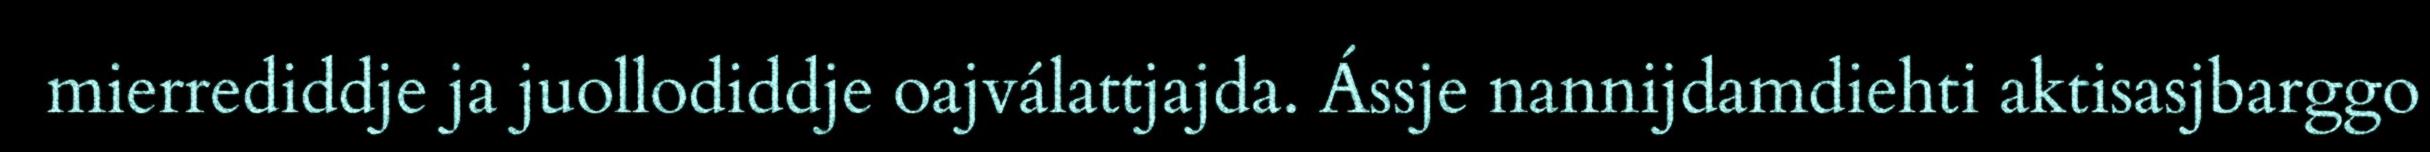
mierrediddje ja juollodiddje oajválattjajda. Ássje nannijdamdiehti aktisasjbarggo